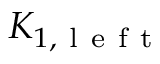
K _ { 1 , \mathrm { ~ l ~ e ~ f ~ t ~ } }